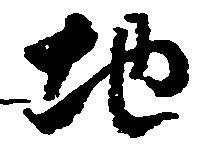
地